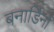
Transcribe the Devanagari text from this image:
बनार्डिनो